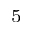
^ 5